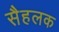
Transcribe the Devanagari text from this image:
सैहलक